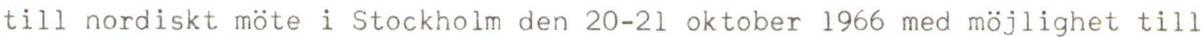
till nordiskt möte i Stockholm den 20-21 oktober 1966 med möjlighet till